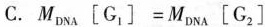
C.M _ { D N A } \left [ G _ { 1 } \right ] = M _ { D N A } \left [ G _ { 2 } \right ]